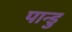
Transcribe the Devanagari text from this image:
पान्डु